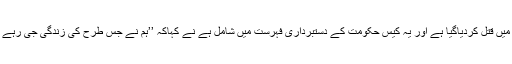
امام 26سالہ نوجوان جس کے والد کو لیسادگاؤں میں قتل کردیاگیا ہے اور یہ کیس حکومت کے دستبرداری فہرست میں شامل ہے نے کہاکہ ’’ہم نے جس طرح کی زندگی جی رہے ہیں اس کے متعلق کبھی تصور بھی نہیں کیاتھا۔